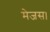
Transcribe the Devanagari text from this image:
मेजस।